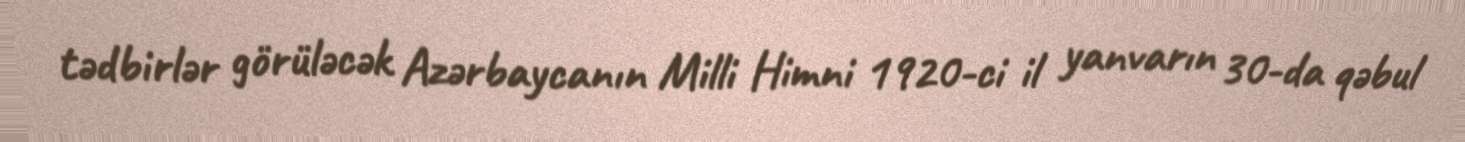
tədbirlər görüləcək Azərbaycanın Milli Himni 1920-ci il yanvarın 30-da qəbul